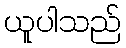
ယူပါသည်